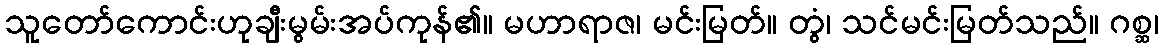
သူတော်ကောင်းဟုချီးမွမ်းအပ်ကုန်၏။ မဟာရာဇ၊ မင်းမြတ်။ တွံ၊ သင်မင်းမြတ်သည်။ ဂစ္ဆ၊